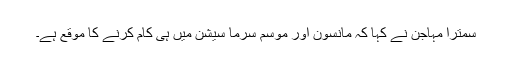
سمترا مہاجن نے کہا کہ مانسون اور موسم سرما سیشن میں ہی کام کرنے کا موقع ہے۔